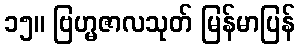
၁၅။ ဗြဟ္မဇာလသုတ် မြန်မာပြန်